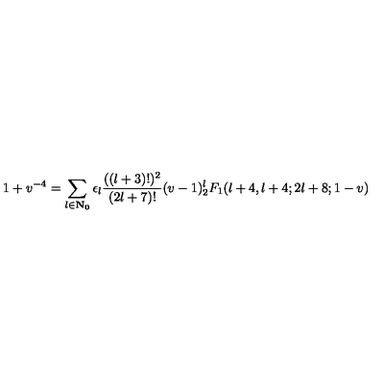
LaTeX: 1 + v ^ { - 4 } = \sum _ { l \in \bf { N } _ { 0 } } \epsilon _ { l } \frac { ( ( l + 3 ) ! ) ^ { 2 } } { ( 2 l + 7 ) ! } ( v - 1 ) ^ { l } _ { 2 } F _ { 1 } ( l + 4 , l + 4 ; 2 l + 8 ; 1 - v )